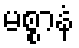
မစ္စာနံ